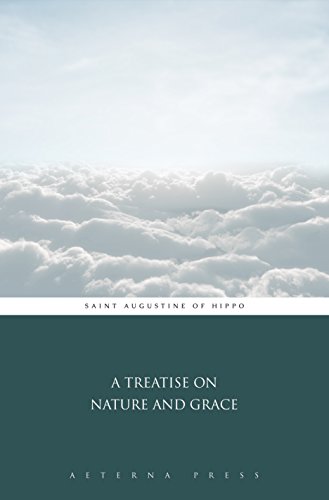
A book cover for A Treatise on Nature And Grace (Illustrated); Saint Augustine of Hippo; Christian Books & Bibles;